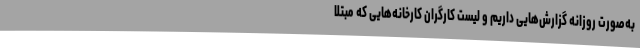
به‌صورت روزانه گزارش‌هایی داریم و لیست کارگران کارخانه‌هایی که مبتلا